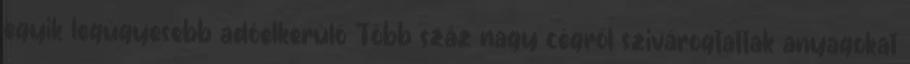
egyik legügyesebb adóelkerülő Több száz nagy cégről szivárogtattak anyagokat